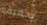
تحقيقه